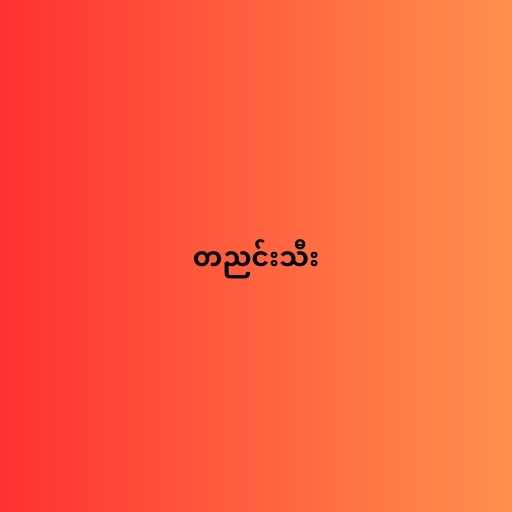
တညင်းသီး